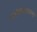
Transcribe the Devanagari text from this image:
पार्श्वफलकाला